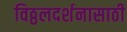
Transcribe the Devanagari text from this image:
विठ्ठलदर्शनासाठी